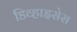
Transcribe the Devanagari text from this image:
डिव्हाइसेस